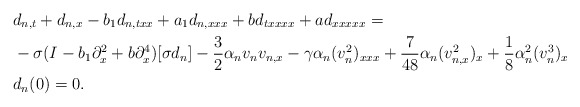
\begin{align*} &d_{n,t}+d_{n,x}-b_1d_{n,txx}+a_1d_{n,xxx}+bd_{txxxx}+ad_{xxxxx}=\\ &-\sigma(I-b_1\partial_{x}^{2}+b\partial_{x}^{4})[\sigma d_n]-\frac{3}{2}\alpha_nv_nv_{n,x}-\gamma\alpha_n(v_{n}^{2})_{xxx}+\frac{7}{48}\alpha_n(v_{n,x}^{2})_x+\frac{1}{8}\alpha_{n}^{2}(v_{n}^{3})_x\\ &d_n(0)=0.\end{align*}